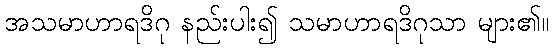
အသမာဟာရဒိဂု နည်းပါး၍ သမာဟာရဒိဂုသာ များ၏။